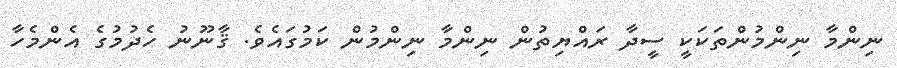
ނިންމާ ނިންމުންތަކަކީ ސީދާ ރައްޔިތުން ނިންމާ ނިންމުން ކަމުގައެވެ. ޤާނޫނު ހެދުމުގެ އެންމެހާ